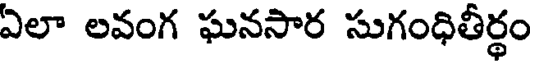
ఏలా లవంగ ఘనసార సుగంధితీర్థం